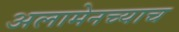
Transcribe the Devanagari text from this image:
अलामेनच्याच